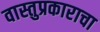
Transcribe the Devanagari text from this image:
वास्तुप्रकाराचा